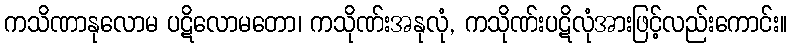
ကသိဏာနုလောမ ပဋိလောမတော၊ ကသိုဏ်းအနုလုံ, ကသိုဏ်းပဋိလုံအားဖြင့်လည်းကောင်း။